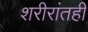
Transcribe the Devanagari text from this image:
शरीरांतही